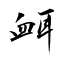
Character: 衈